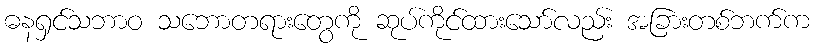
ဓနရှင်သဘာဝ သဘောတရားတွေကို ဆုပ်ကိုင်ထားသော်လည်း အခြားတစ်ဘက်က